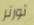
تورنر